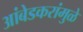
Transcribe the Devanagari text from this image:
आंबेडकरांमुळे